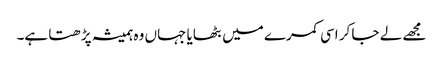
مجھے لے جا کر اسی کمرے میں بٹھایا جہاں وہ ہمیشہ پڑھتا ہے۔